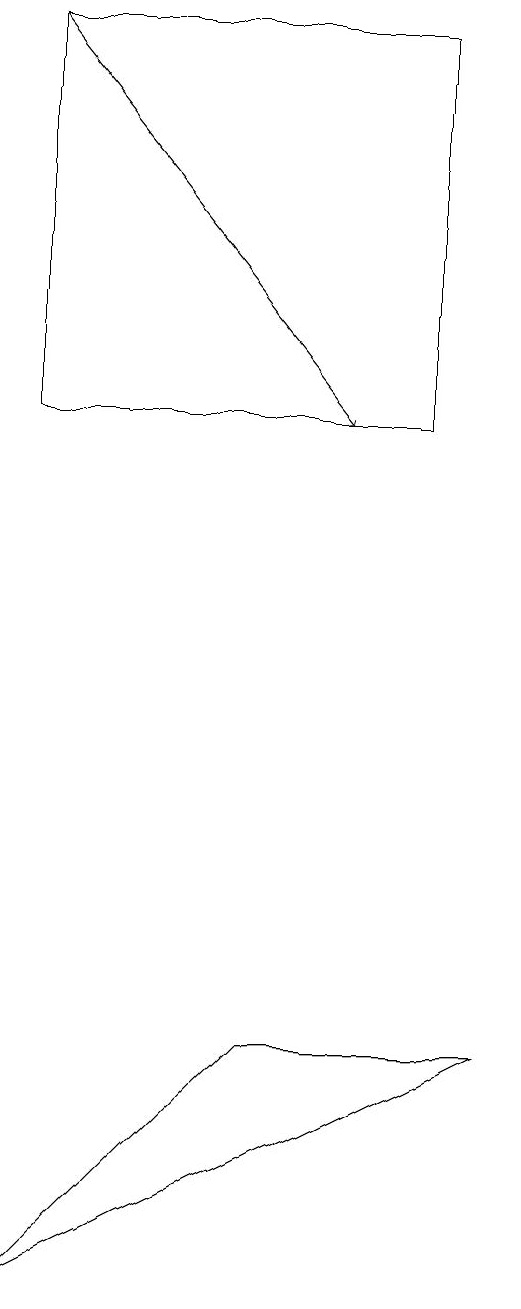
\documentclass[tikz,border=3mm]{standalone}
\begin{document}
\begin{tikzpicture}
\draw[->] (3,17) -- (7,12);
\draw (9,4) -- (6,4) -- (3,1) -- cycle;
\draw (3,12) rectangle (8,17);
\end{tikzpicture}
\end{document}